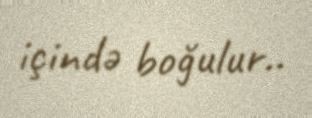
içində boğulur..